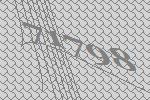
71798